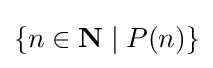
\{n\in \mathbf {N} \mid P(n)\}